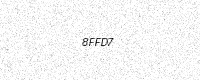
Text: 8FFD7